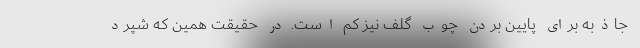
جاذبه برای پایین‌ بردن چوب گلف نیز کم است. در حقیقت همین که شپرد